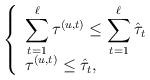
LaTeX: \begin{align*}\left\{ \begin{array}{l l} \displaystyle\sum_{t = 1}^\ell\tau_{}^{(u,t)} \leq \sum_{t=1}^\ell\Hat{\tau}_t &\\ \displaystyle\tau_{}^{(u,t)} \leq \Hat{\tau}_t, & \quad\\ \end{array} \right. \end{align*}